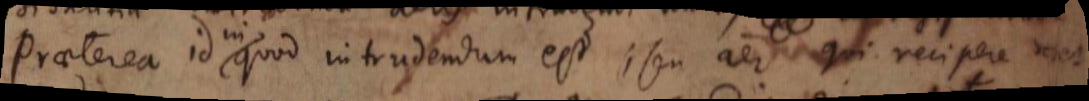
Praeterea id quod intrudendum est, seu aer qui recipere debet